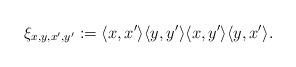
LaTeX: \begin{align*}\xi_{x,y, x',y'}:= \langle x, x'\rangle \langle y, y'\rangle \langle x, y'\rangle \langle y, x'\rangle.\end{align*}